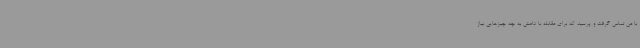
با من تماس گرفت و پرسید که برای مقابله با داعش به چه چیزهایی نیاز